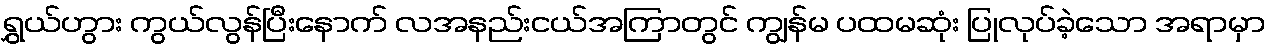
ရွှယ်ဟွား ကွယ်လွန်ပြီးနောက် လအနည်းငယ်အကြာတွင် ကျွန်မ ပထမဆုံး ပြုလုပ်ခဲ့သော အရာမှာ